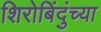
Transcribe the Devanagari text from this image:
शिरोबिंदुंच्या